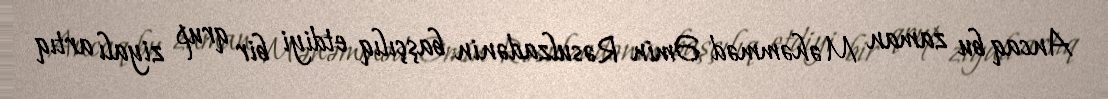
Ancaq bu zaman Məhəmməd Əmin Rəsulzadənin başçılıq etdiyi bir qrup ziyalı artıq